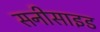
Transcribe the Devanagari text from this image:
सनीसाइड